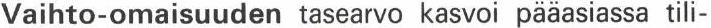
Vaihto-omaisuuden tasearvo kasvoi pääasiassa tili-